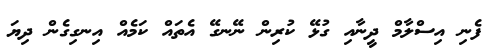
ފެނި އިސްލާމް ދީނާއި ގުޅޭ ކުރިން ނޭނގޭ އެތައް ކަމެއް އިނގިގެން ދިޔަ